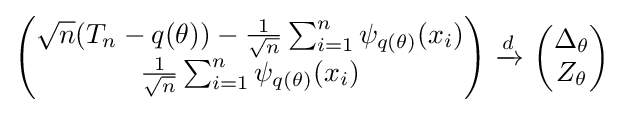
{\begin{pmatrix}{\sqrt {n}}(T_{n}-q(\theta ))-{\tfrac {1}{\sqrt {n}}}\sum _{i=1}^{n}\psi _{q(\theta )}(x_{i})\\{\tfrac {1}{\sqrt {n}}}\sum _{i=1}^{n}\psi _{q(\theta )}(x_{i})\end{pmatrix}}\ {\xrightarrow {d}}\ {\begin{pmatrix}\Delta _{\theta }\\Z_{\theta }\end{pmatrix}}